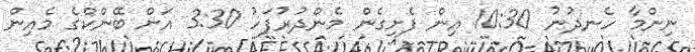
ނިންމާ ހެނދުނު 10:30 އިން ފެށިގެން މެންދުރުފަހު 3:30 އަށް ބޭންކްގެ މެއިން